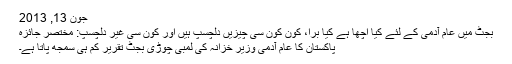
جون 13, 2013
بجٹ میں عام آدمی کے لئے کیا اچھا ہے کیا برا، کون کون سی چیزیں دلچسپ ہیں اور کون سی غیر دلچسپ: مختصر جائزہ
پاکستان کا عام آدمی وزیر خزانہ کی لمبی چوڑی بجٹ تقریر کم ہی سمجھ پاتا ہے۔